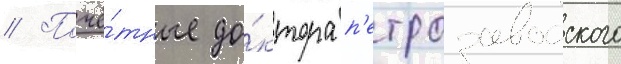
// Почё́тные до́ктора п'етрозаводского